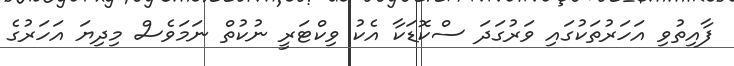
ފާއިތުވި އަހަރުތަކުގައި ވަރުގަދަ ސްކޮޑަކާ އެކު ވިކްޓަރީ ނުކުތް ނަމަވެސް މިދިޔަ އަހަރުގެ